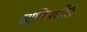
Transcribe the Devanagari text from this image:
जातिमधील